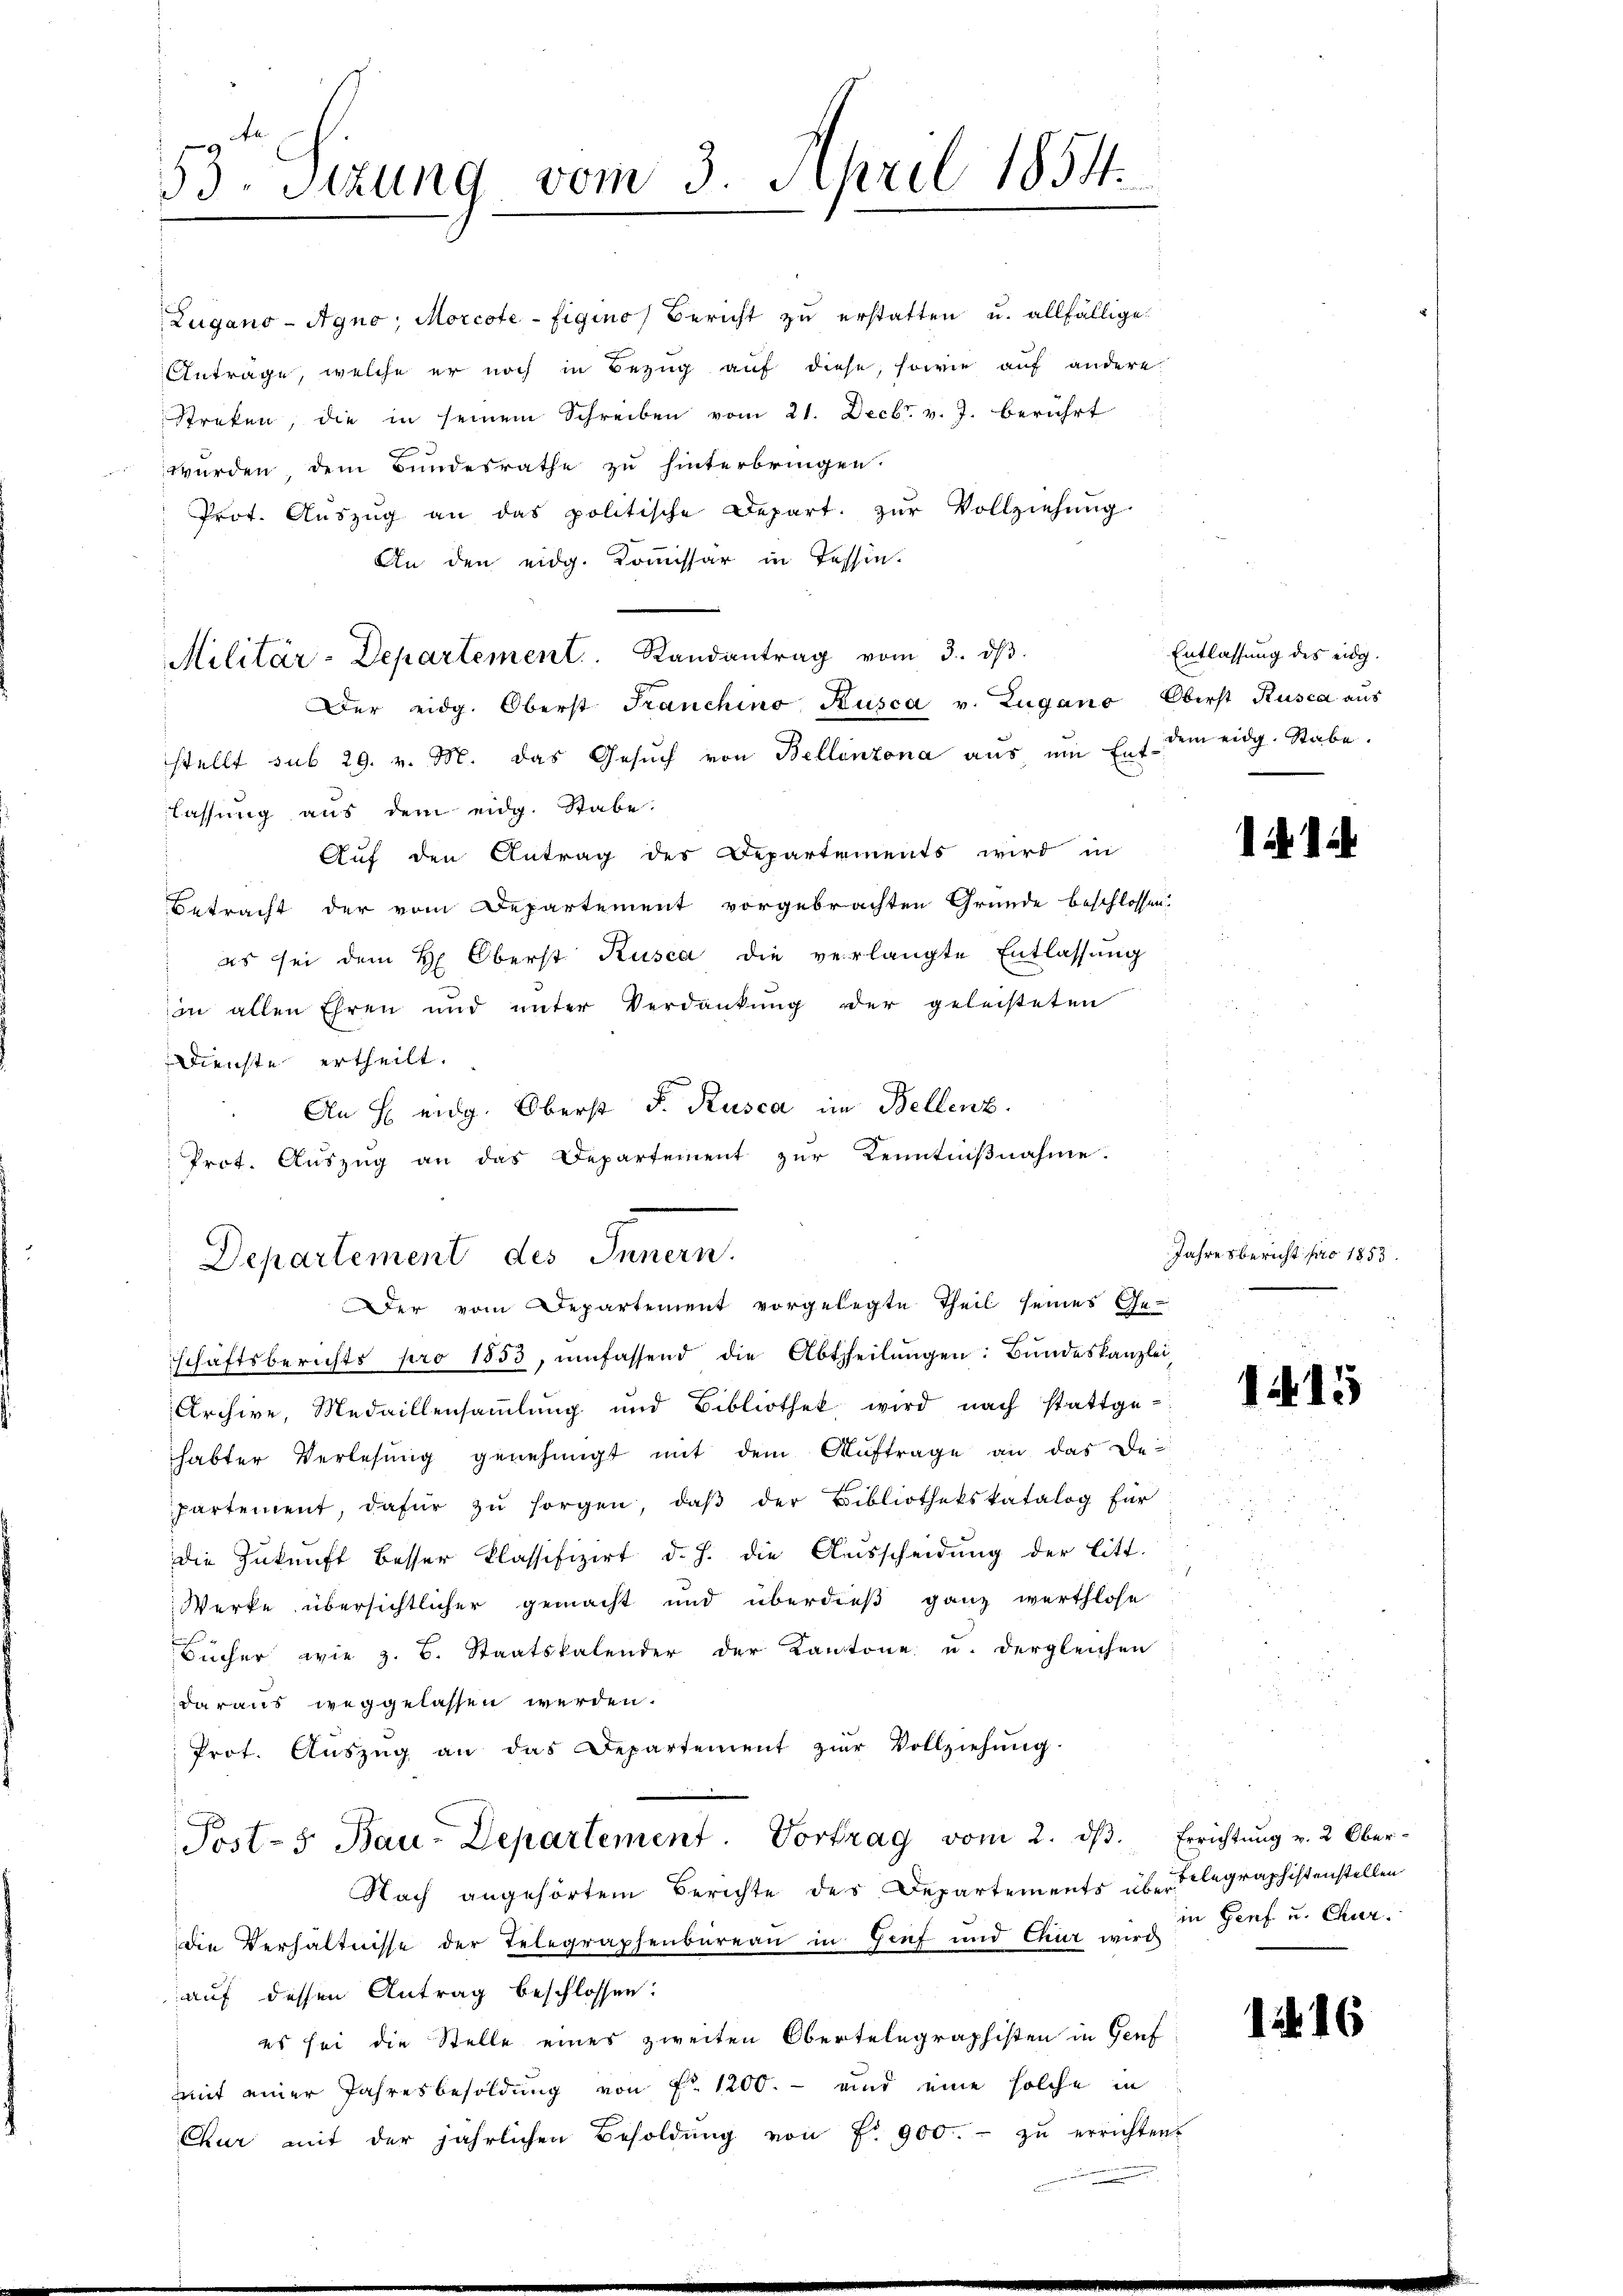
53. Sitzung vom 3. April 1854.

Zugano-Agno, Morcote-Eigino, Bericht zu erstatten u. allfällige
Antrage, welche er noch in Bezug auf diese, sowie auf andere
Streken, die in seinem Schreiben vom 21. Decbr. v. J. berührt
 wurden, dem Bundesrathe zu hinterbringen.
Prot. Aŭszŭg an das politische Depart. zŭr Vollziehŭng.
An den eidg. Kommissar in Tessin.
Militär-Departement. Randantrag vom 3. dβ.
Der eidg. Oberst Franchino Kusca v. Lugano Oberst Kusca aus
stellt sub 29. v. M. das Gesŭch von Bellinzona aus, um Ert dem eidg. Stabe.
lassung aus dem eidg. Stabe.
Auf den Antrag des Departements wird in
Betracht der vom Departement vorgebrachten Gründe beschlossen:
es sei dem H. Oberst Kusca die verlangte Entlassung
in allen Ehren und unter Verdankŭng der geleisteten
Dienste ertheilt.
 An H eidg. Oberst F. Rusca im Bellenz
Prot. Auszug an das Departement zur Kenntnißnahme.
Departement des Innern.
Der vom Departement vorgelegte Theil seines Ge-
e
g
schaftsberichts pro 1853, umfassend die Abtheilungen: Bundeskanzlei,
Archive, Medaillensammlung und Bibliothek wird nach stattgehabter Verlesung genehmigt mit dem Auftrage an das De-
partement, dafür zŭ sorgen, daβ der Bibliothekskatalog für
die Zukunft besser klassifizirt d. h. die Aŭsscheidŭng der litt.
Werke übersichtlicher gemacht und überdieß ganz werthlose
Bücher wie z. B. Staatskalender der Kantone u. dergleichen
daraus weggelassen werden.
Prot. Aŭszŭg an das Departement zŭr Vollziehŭng
Post- 5. Bau-Departement. Vortrag vom 2. dβ. Errichtŭng v. 2. Ober-
Nach angehörtem Berichte des Departements über Telegraphistenstellen
die Verhältnisse der Telegraphenbureau in Genf und Chur wird
auf dessen Antrag beschlossen:
es sei die Stelle eines zweiten Obertelegraphisten in Genf
mit einer Jahresbesoldung von Fr. 1200. - und eine solche in
Chur mit der jährlichen Besoldŭng von Fr. 900.- zŭ errichten.

Entlassung des eidg.

Jahresbericht pro 1853.

14 15

in Genf u. Chur.

1416